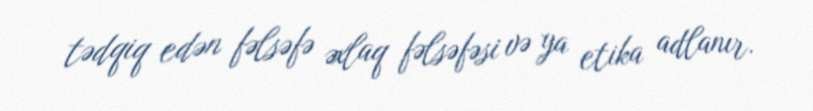
tədqiq edən fəlsəfə əxlaq fəlsəfəsi və ya etika adlanır.